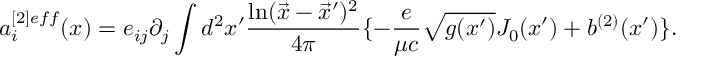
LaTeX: a _ { i } ^ { [ 2 ] e f f } ( x ) = e _ { i j } \partial _ { j } \int d ^ { 2 } x ^ { \prime } { \frac { \ln ( \vec { x } - \vec { x } ^ { \prime } ) ^ { 2 } } { 4 \pi } } \{ - { \frac { e } { \mu c } } \sqrt { g ( x ^ { \prime } ) } J _ { 0 } ( x ^ { \prime } ) + b ^ { ( 2 ) } ( x ^ { \prime } ) \} .